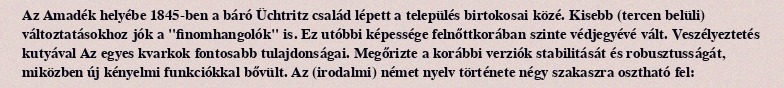
Az Amadék helyébe 1845-ben a báró Üchtritz család lépett a település birtokosai közé. Kisebb (tercen belüli) változtatásokhoz jók a "finomhangolók" is. Ez utóbbi képessége felnőttkorában szinte védjegyévé vált. Veszélyeztetés kutyával Az egyes kvarkok fontosabb tulajdonságai. Megőrizte a korábbi verziók stabilitását és robusztusságát, miközben új kényelmi funkciókkal bővült. Az (irodalmi) német nyelv története négy szakaszra osztható fel: